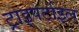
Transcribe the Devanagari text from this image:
ट्राइपर्टाइल